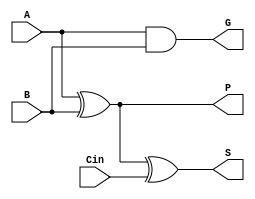
module CLA_Full_Adder (
    input wire A,     // Input bit A
    input wire B,     // Input bit B
    input wire Cin,   // Carry input
    output wire S,    // Sum output
    output wire G,    // Generate output
    output wire P     // Propagate output
);
    assign S = A ^ B ^ Cin;  // Sum calculation
    assign G = A & B;        // Generate signal
    assign P = A ^ B;        // Propagate signal
endmodule